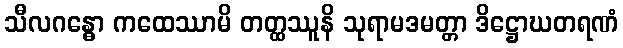
သီလဂန္ဓော ကထေဿာမိ တတ္ထဿူနိ သုရာမဒမတ္တာ ဒိဋ္ဌောဃတရဏံ